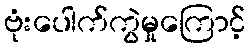
ဗုံးပေါက်ကွဲမှုကြောင့်